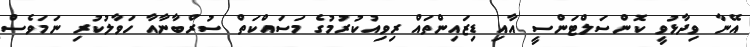
އޭނާ ވިދާޅުވީ ކޮންސަލްޓަންސީ އާއި ޑިޒައިންތައް ރިވިއުކުރުމުގެ މަސައްކަތް ސުރްބާނާއާ ހަވާލުކުރި ނަމަވެސް